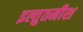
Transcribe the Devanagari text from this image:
इल्तुतमीश